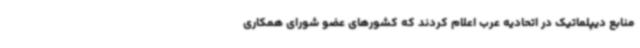
منابع دیپلماتیک در اتحادیه عرب اعلام کردند که کشورهای عضو شورای همکاری